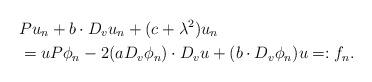
LaTeX: \begin{align*} & P u_n + b \cdot D_v u_n + (c+\lambda^2) u_n\\ & = u P \phi_n - 2 (a D_v \phi_n) \cdot D_v u + (b \cdot D_v \phi_n) u =: f_n.\end{align*}